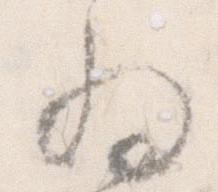
為